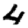
Digit: 4